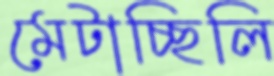
মেটাচ্ছিলি